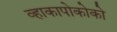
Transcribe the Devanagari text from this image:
व्हाकापोकोको